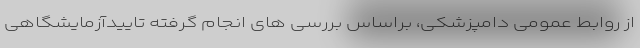
از روابط عمومی دامپزشکی، براساس بررسی های انجام گرفته تاییدآزمایشگاهی